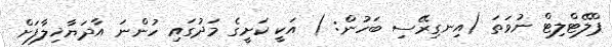
ޕްލޭޓްލިޓް ނުވަތަ (އިނގިރޭސި ބަހުން: ) އަކީ ކަށީގެ މަދުގައި ހުންނަ އާދަޔާޚިލާފަށް